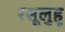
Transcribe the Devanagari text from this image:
रसूलुहु